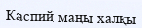
Каспий маңы халқы